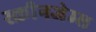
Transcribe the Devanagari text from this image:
स्क्रीनजेम्स